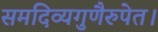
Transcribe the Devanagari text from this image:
समदिव्यगुणैरुपेत।